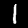
Digit: 1